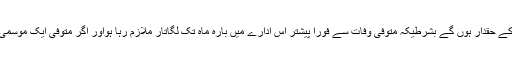
قانون کے مطابق تحفظ یافتہ شخص کی وفات کے ایک سال بعد تک اسکے متوسلین طبی دیکھ بھال کے حقدار ہوں گے بشرطیکہ متوفی وفات سے فوراً پیشتر اس ادارے میں بارہ ماہ تک لگاتار ملازم رہا ہواور اگر متوفی ایک موسمی ملازم تھا تو اسکے متوسلین اسکی وفات سے چھے ماہ بعد تک طبی دیکھ بھال کے حقدار ہوں گے۔